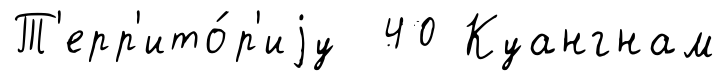
Т'ерр'ито́р'иjу 40 Куангнам